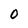
Character: 0